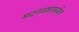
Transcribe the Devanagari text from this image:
मदनवशावस्थेत